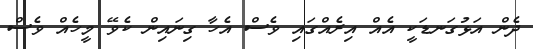
ދެން އަޅުގަނޑަކީ އެއް އިރެއްގައި ވެސް އެހާ ގިނައިން ކެވޭ މީހެއް ވެސް